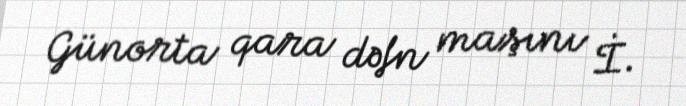
Günorta qara dəfn maşını İ.